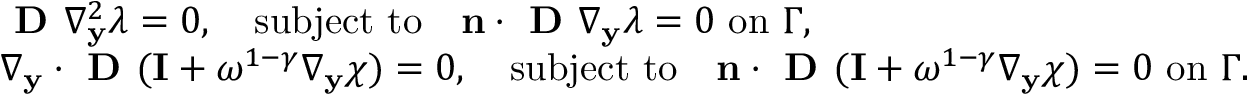
\begin{array} { r l } & { \textbf { D } \nabla _ { \mathbf y } ^ { 2 } \lambda = 0 , \quad \mathrm { s u b j e c t ~ t o } \quad \mathbf n \cdot \textbf { D } \nabla _ { \mathbf y } \lambda = 0 \mathrm { ~ o n ~ } \Gamma , } \\ & { \nabla _ { \mathbf y } \cdot \textbf { D } ( \mathbf I + \omega ^ { 1 - \gamma } \nabla _ { \mathbf y } \boldsymbol { \chi } ) = 0 , \quad \mathrm { s u b j e c t ~ t o } \quad \mathbf n \cdot \textbf { D } ( \mathbf I + \omega ^ { 1 - \gamma } \nabla _ { \mathbf y } \boldsymbol { \chi } ) = 0 \mathrm { ~ o n ~ } \Gamma . } \end{array}